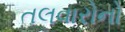
તલવારોનો